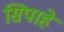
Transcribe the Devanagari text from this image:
सिपाहे